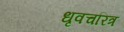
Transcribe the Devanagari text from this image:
धृवचरित्र